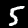
Label: 5